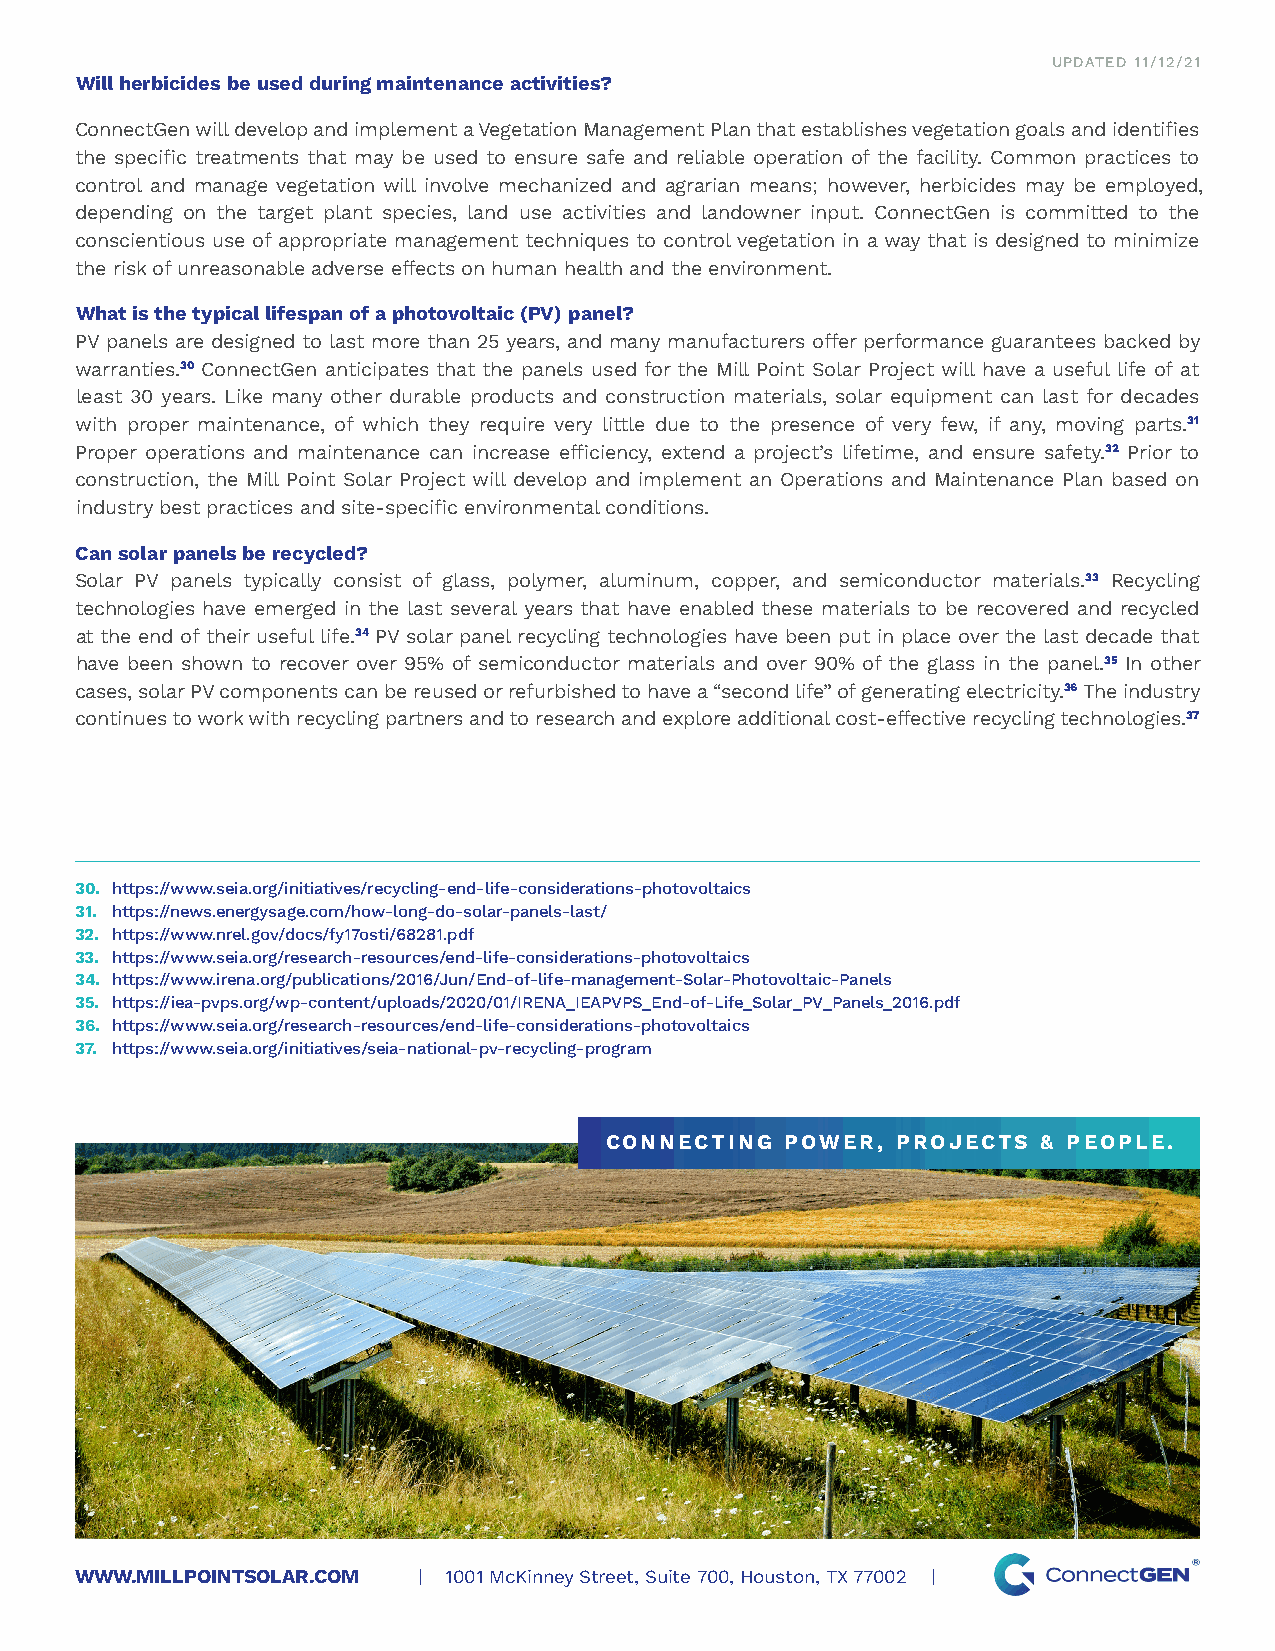
UPDATED 11/12/21
 Will herbicides be used during maintenance activities?
 ConnectGen will develop and implement a Vegetation Management Plan that establishes vegetation goals and identifies
 the specific treatments that may be used to ensure safe and reliable operation of the facility. Common practices to
 control and manage vegetation will involve mechanized and agrarian means; however, herbicides may be employed,
 depending on the target plant species, land use activities and landowner input. ConnectGen is committed to the
 conscientious use of appropriate management techniques to control vegetation in a way that is designed to minimize
 the risk of unreasonable adverse effects on human health and the environment.
 What is the typical lifespan of a photovoltaic (PV) panel?
 PV panels are designed to last more than 25 years, and many manufacturers offer performance guarantees backed by
 warranties.30 ConnectGen anticipates that the panels used for the Mill Point Solar Project will have a useful life of at
 least 30 years. Like many other durable products and construction materials, solar equipment can last for decades
 with proper maintenance, of which they require very little due to the presence of very few, if any, moving parts.31
 Proper operations and maintenance can increase efficiency, extend a project’s lifetime, and ensure safety.32 Prior to
 construction, the Mill Point Solar Project will develop and implement an Operations and Maintenance Plan based on
 industry best practices and site-specific environmental conditions.
 Can solar panels be recycled?
 Solar PV panels typically consist of glass, polymer, aluminum, copper, and semiconductor materials.33 Recycling
 technologies have emerged in the last several years that have enabled these materials to be recovered and recycled
 at the end of their useful life.34 PV solar panel recycling technologies have been put in place over the last decade that
 have been shown to recover over 95% of semiconductor materials and over 90% of the glass in the panel.35 In other
 cases, solar PV components can be reused or refurbished to have a “second life” of generating electricity.36 The industry
 continues to work with recycling partners and to research and explore additional cost-effective recycling technologies.37
 30. https://www.seia.org/initiatives/recycling-end-life-considerations-photovoltaics
 31. https://news.energysage.com/how-long-do-solar-panels-last/
 32. https://www.nrel.gov/docs/fy17osti/68281.pdf
 33. https://www.seia.org/research-resources/end-life-considerations-photovoltaics
 34. https://www.irena.org/publications/2016/Jun/End-of-life-management-Solar-Photovoltaic-Panels
 35. https://iea-pvps.org/wp-content/uploads/2020/01/IRENA_IEAPVPS_End-of-Life_Solar_PV_Panels_2016.pdf
 36. https://www.seia.org/research-resources/end-life-considerations-photovoltaics
 37. https://www.seia.org/initiatives/seia-national-pv-recycling-program
 CONNECTING  POWER, PROJECTS  & PEOPLE.
 WWW.MILLPOINTSOLAR.COM | 1001 McKinney Street, Suite 700, Houston, TX 77002 |